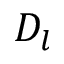
D _ { l }